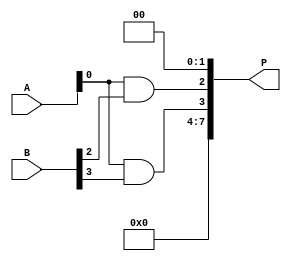
module dadda_multiplier #(parameter n = 4) (
    input [n-1:0] A,
    input [n-1:0] B,
    output reg [2*n-1:0] P
);
    
    // Intermediate partial products
    reg [n-1:0] pp [0:n-1]; // Partial products
    reg [2*n-1:0] sum [0:n-1]; // Sums for reduction stages

    integer i, j;

    // Generate partial products
    always @(*) begin
        for (i = 0; i < n; i = i + 1) begin
            pp[i] = A & {n{B[i]}}; // AND each bit of B with A
        end
        
        // Stage 1: Reduction tree
        for (i = 0; i < n; i = i + 1) begin
            sum[i] = {n{1'b0}};
        end
        
        // Initial stage: load partial products into sum[0]
        for (i = 0; i < n; i = i + 1) begin
            sum[0][i + n - 1 : i] = pp[i]; // Shift partial products into the sum
        end

        // Perform reduction
        for (i = 1; i < n; i = i + 1) begin
            for (j = 0; j < (n - i); j = j + 1) begin
                if (j < (n - i - 1)) begin
                    {sum[i][j + n - 1 : j], sum[i][j + n + 1 : j + 1]} = sum[i - 1][j + n - 1 : j] + sum[i - 1][j + n : j + 1];
                end else begin
                    sum[i][j + n - 1 : j] = sum[i - 1][j + n - 1 : j]; // Carry forward last element
                end
            end
        end
        
        // Final summation: Combine the last row of sums
        P = {sum[n-1][2*n-1 : n], sum[n-1][n-1 : 0]};
    end

endmodule